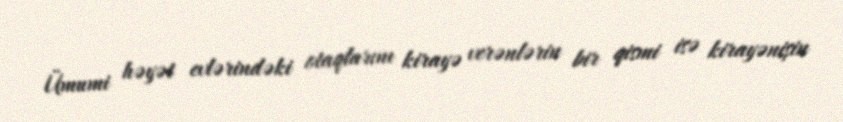
Ümumi həyət evlərindəki otaqlarını kirayə verənlərin bir qismi isə kirayənişin